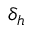
\delta _ { h }